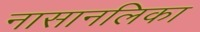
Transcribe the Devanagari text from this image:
नासानलिका